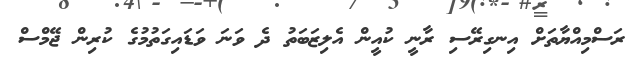
ރަސްމިއްޔާތަށް އިނގިރޭސި ރާނީ ކުއީން އެލިޒަބަތު ދެ ވަނަ ވަޑައިގަތުމުގެ ކުރިން ޖޭމްސް